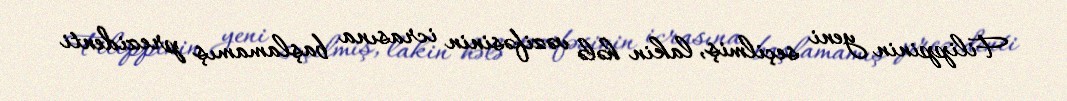
Filippinin yeni seçilmiş, lakin hələ vəzifəsinin icrasına başlamamış prezidenti